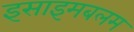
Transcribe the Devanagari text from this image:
इसाइमबलम